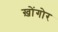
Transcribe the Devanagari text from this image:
ख़ोंगोर